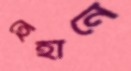
হেহানে